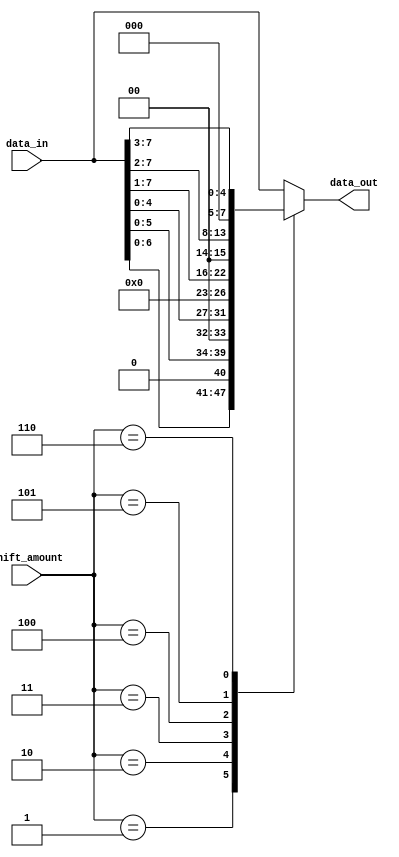
module barrel_shifter (
  input wire [7:0] data_in,
  input wire [2:0] shift_amount,
  output reg [7:0] data_out
);

reg [7:0] temp_data;

always @ (*) begin
  case(shift_amount)
    3'b000: data_out = data_in; // no shift
    3'b001: data_out = data_in << 1; // shift left by 1
    3'b010: data_out = data_in << 2; // shift left by 2
    3'b011: data_out = data_in << 3; // shift left by 3
    3'b100: data_out = data_in >> 1; // shift right by 1
    3'b101: data_out = data_in >> 2; // shift right by 2
    3'b110: data_out = data_in >> 3; // shift right by 3
    default: data_out = data_in; // default case, no shift
  endcase
end

endmodule